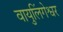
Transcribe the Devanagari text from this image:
वायुलिंगेश्वर